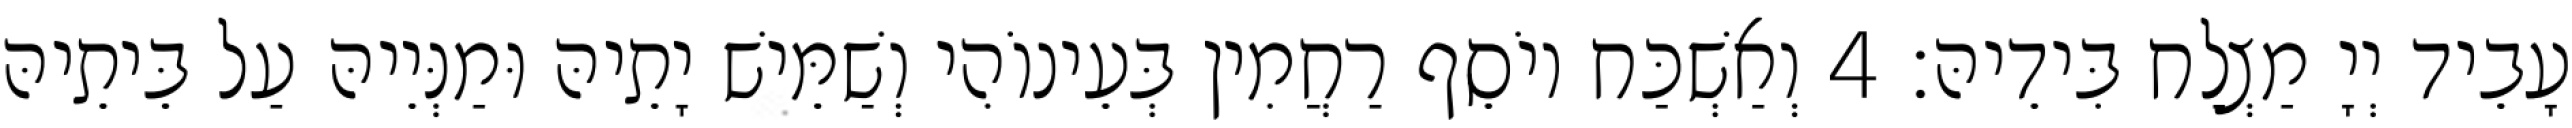
עָבֵיד יְיָ מַצְלַח בִּידֵיהּ׃ 4 וְאַשְׁכַּח יוֹסֵף רַחֲמִין בְּעֵינוֹהִי וְשַׁמֵּישׁ יָתֵיהּ וּמַנְּיֵיהּ עַל בֵּיתֵיהּ